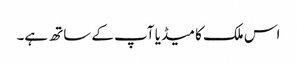
اس ملک کا میڈیا آپ کے ساتھ ہے۔